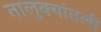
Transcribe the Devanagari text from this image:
तालुक्यांतली